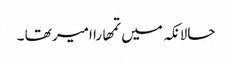
حالانکہ میں تمھارا امیر تھا ۔